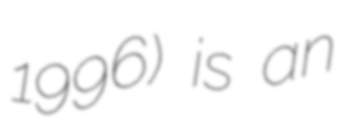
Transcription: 1996) is an